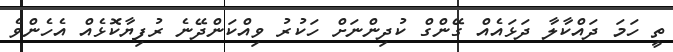
ތީ ހަމަ ދައްކާލާ ދަޅައެއް ގޭންގް ކުދިންނަށް ހަކުރު ވިއްކަންދޭނެ ރުފިޔާކޮޅެއް އެހެންވެ